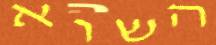
השוא